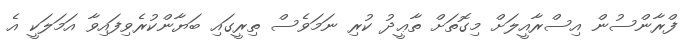
ފްރާންސުން އިސްރާއީލަށް މިގޮތަށް ތާޢީދު ކުރި ނަމަވެސް ތިރީގައި ބަޔާންކުރެވިފައިވާ އަމަލަކީ އެ